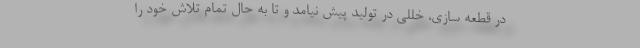
در قطعه سازی، خللی در تولید پیش نیامد و تا به حال تمام تلاش خود را